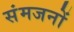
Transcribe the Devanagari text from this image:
संमजनों